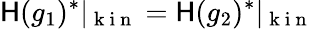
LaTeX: \mathsf{H}(g_{1})^{*}\vert_{\mathrm{{~k~i~n~}}}=\mathsf{H}(g_{2})^{*}\vert_{\mathrm{{~k~i~n~}}}